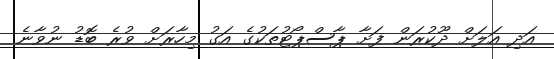
އަދި އަލަށް ދޫކުރަން ފަށާ ޕާސްޕޯޓުތަކުގެ އަގު މިހާރަށް ވުރެ ބޮޑު ނުވާނެ